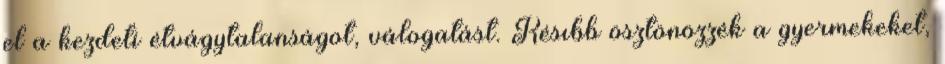
el a kezdeti étvágytalanságot, válogatást. Késıbb ösztönözzék a gyermekeket,